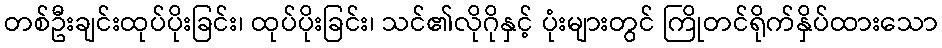
တစ်ဦးချင်းထုပ်ပိုးခြင်း၊ ထုပ်ပိုးခြင်း၊ သင်၏လိုဂိုနှင့် ပုံးများတွင် ကြိုတင်ရိုက်နှိပ်ထားသော